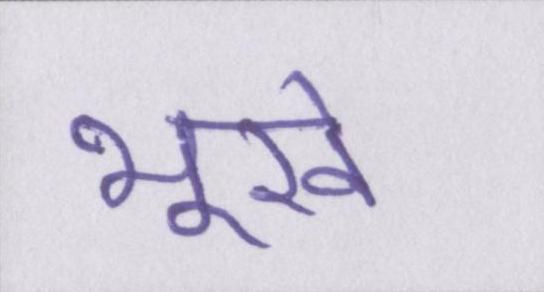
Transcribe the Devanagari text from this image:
भूखे